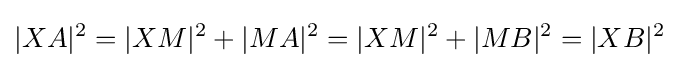
|XA|^{2}=|XM|^{2}+|MA|^{2}=|XM|^{2}+|MB|^{2}=|XB|^{2}\;